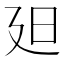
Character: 𣅄